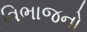
વિભાજનો